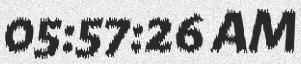
05:57:26 AM